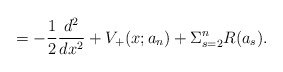
\begin{align*}= -\frac{1}{2}\frac{d^{2}}{dx^{2}} + V_{+}(x;a_{n}) + \Sigma_{s=2}^{n}R(a_s).\end{align*}